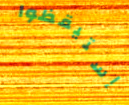
إستيقظوا